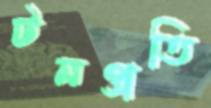
টনপ্রতি